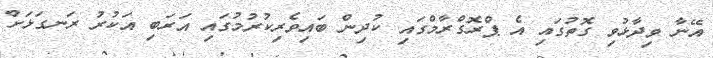
އޭނާ ވިދާޅުވި ގޮތުގައި އެ ޕްރޮގްރާމްގައި ކުދިން ބައިވެރިކުރުމުގައި އަރަބި އަކުރު ރަނގަޅަށް